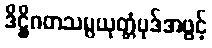
ဒိဋ္ဌိဂတသမ္ပယုတ္တံပုဒ်အဖွင့်